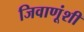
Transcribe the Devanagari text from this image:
जिवाणूंशी